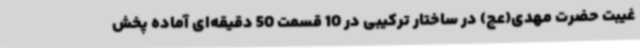
غیبت حضرت مهدی(عج) در ساختار ترکیبی در 10 قسمت 50 دقیقه‌ای آماده پخش